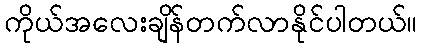
ကိုယ်အလေးချိန်တက်လာနိုင်ပါတယ်။